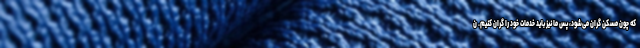
که چون مسکن گران می‌شود، پس ما نیز باید خدمات خود را گران کنیم. ن